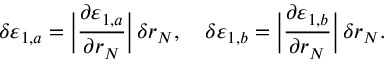
\delta \varepsilon _ { 1 , a } = \bigg | \frac { \partial \varepsilon _ { 1 , a } } { \partial r _ { N } } \bigg | \, \delta r _ { N } , \quad \delta \varepsilon _ { 1 , b } = \bigg | \frac { \partial \varepsilon _ { 1 , b } } { \partial r _ { N } } \bigg | \, \delta r _ { N } .